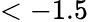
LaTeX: <-1.5